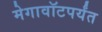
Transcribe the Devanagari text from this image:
मेगावॉटपर्यंत